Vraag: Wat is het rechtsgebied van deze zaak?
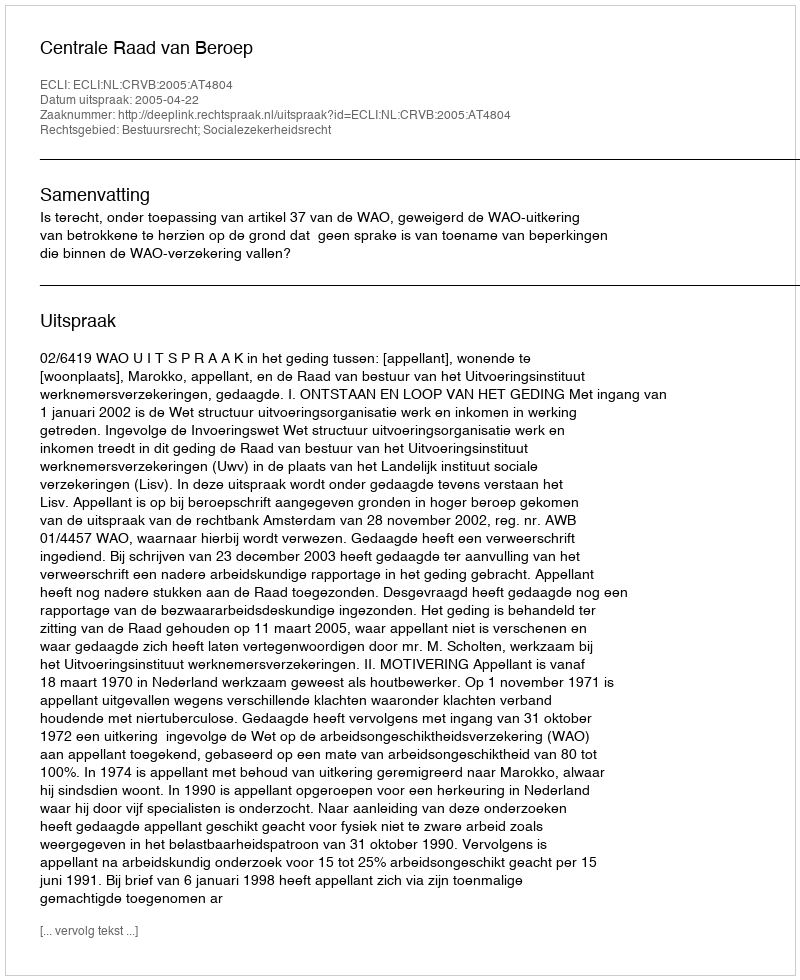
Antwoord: Bestuursrecht; Socialezekerheidsrecht